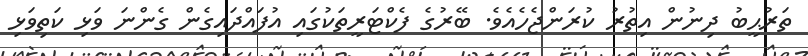
ތަރުޙީބު ދިނުން އިތުރު ކުރަންޖެހެއެވެ. ބޭރުގެ ފެކްޓަރީތަކުގައި އުފައްދައިގެން ގެންނަ ވަޅި ކަތިވަޅި